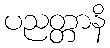
ပညတ္တာနိ